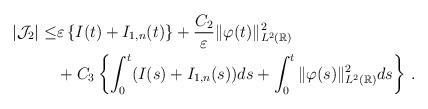
LaTeX: \begin{align*}\vert\mathcal J_{2}\vert\le &\varepsilon\left\{I(t)+I_{1,n}(t)\right\}+\frac{C_2}{\varepsilon}\Vert\varphi(t)\Vert^2_{L^2(\mathbb R)}\\&+C_3\left\{\int_0^t(I(s)+I_{1,n}(s))ds+\int_0^t\Vert\varphi(s)\Vert^2_{L^2(\mathbb R)}ds\right\}\,.\end{align*}